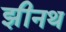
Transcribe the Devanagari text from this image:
झीनथ